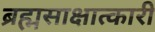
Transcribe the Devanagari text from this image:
ब्रह्मसाक्षात्कारी